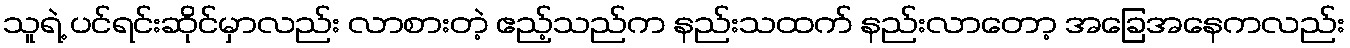
သူရဲ့ ပင်ရင်းဆိုင်မှာလည်း လာစားတဲ့ ဧည့်သည်က နည်းသထက် နည်းလာတော့ အခြေအနေကလည်း